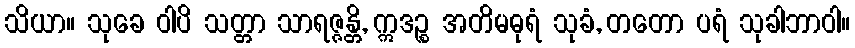
သိယာ။ သုခေ ဝါပိ သတ္တာ သာရဇ္ဇန္တိ, ဣဒဉ္စ အတိမဓုရံ သုခံ, တတော ပရံ သုခါဘာဝါ။